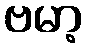
ဗမာ့